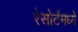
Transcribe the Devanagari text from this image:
रेसोर्टमध्ये